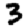
Digit: 3